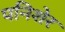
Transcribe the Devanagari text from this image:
पनिशेर